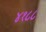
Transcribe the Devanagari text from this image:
४१८८